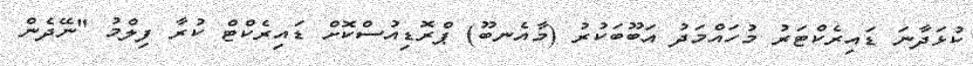
ކުޅަދާނަ ޑައިރެކްޓަރު މުހައްމަދު އަބޫބަކުރު (މާއެނބޫ) ޕްރޮޑިއުސްކޮށް ޑައިރެކްޓް ކުރާ ފިލްމު "ނޭދެން